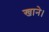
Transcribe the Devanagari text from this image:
खाने।